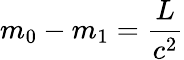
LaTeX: m_{0}-m_{1}=\frac{L}{c^{2}}